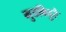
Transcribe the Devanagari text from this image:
मुडविदुरै